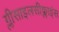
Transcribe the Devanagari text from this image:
ग्लीसाइलसीक्लाइंस